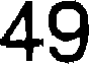
49